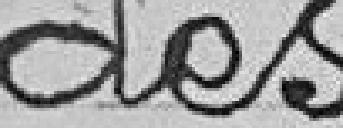
des